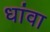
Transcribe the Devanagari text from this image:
धांवा